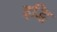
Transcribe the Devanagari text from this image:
इद्धि